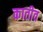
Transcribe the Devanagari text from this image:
कातीव